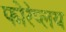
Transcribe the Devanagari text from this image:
फोरेप्लय